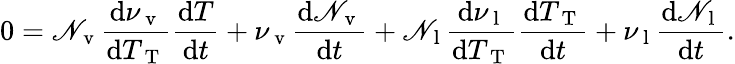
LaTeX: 0=\mathscr{N}_{\mathrm{{~v~}}}\frac{{\mathrm{{d}}\nu_{\mathrm{{~v~}}}}}{{\mathrm{{d}}T_{\mathrm{{~T~}}}}}\frac{{\mathrm{{d}}T}}{{\mathrm{{d}}t}}+\nu_{\mathrm{{~v~}}}\frac{{\mathrm{{d}}\mathscr{N}_{\mathrm{{~v~}}}}}{{\mathrm{{d}}t}}+\mathscr{N}_{\mathrm{{~l~}}}\frac{{\mathrm{{d}}\nu_{\mathrm{{~l~}}}}}{{\mathrm{{d}}T_{\mathrm{{~T~}}}}}\frac{{\mathrm{{d}}T_{\mathrm{{~T~}}}}}{{\mathrm{{d}}t}}+\nu_{\mathrm{{~l~}}}\frac{{\mathrm{{d}}\mathscr{N}_{\mathrm{{~l~}}}}}{{\mathrm{{d}}t}}.